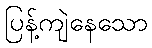
ပြန့်ကျဲနေသော